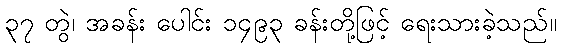
၃၇ တွဲ၊ အခန်း ပေါင်း ၁၄၉၃ ခန်းတို့ဖြင့် ရေးသားခဲ့သည်။